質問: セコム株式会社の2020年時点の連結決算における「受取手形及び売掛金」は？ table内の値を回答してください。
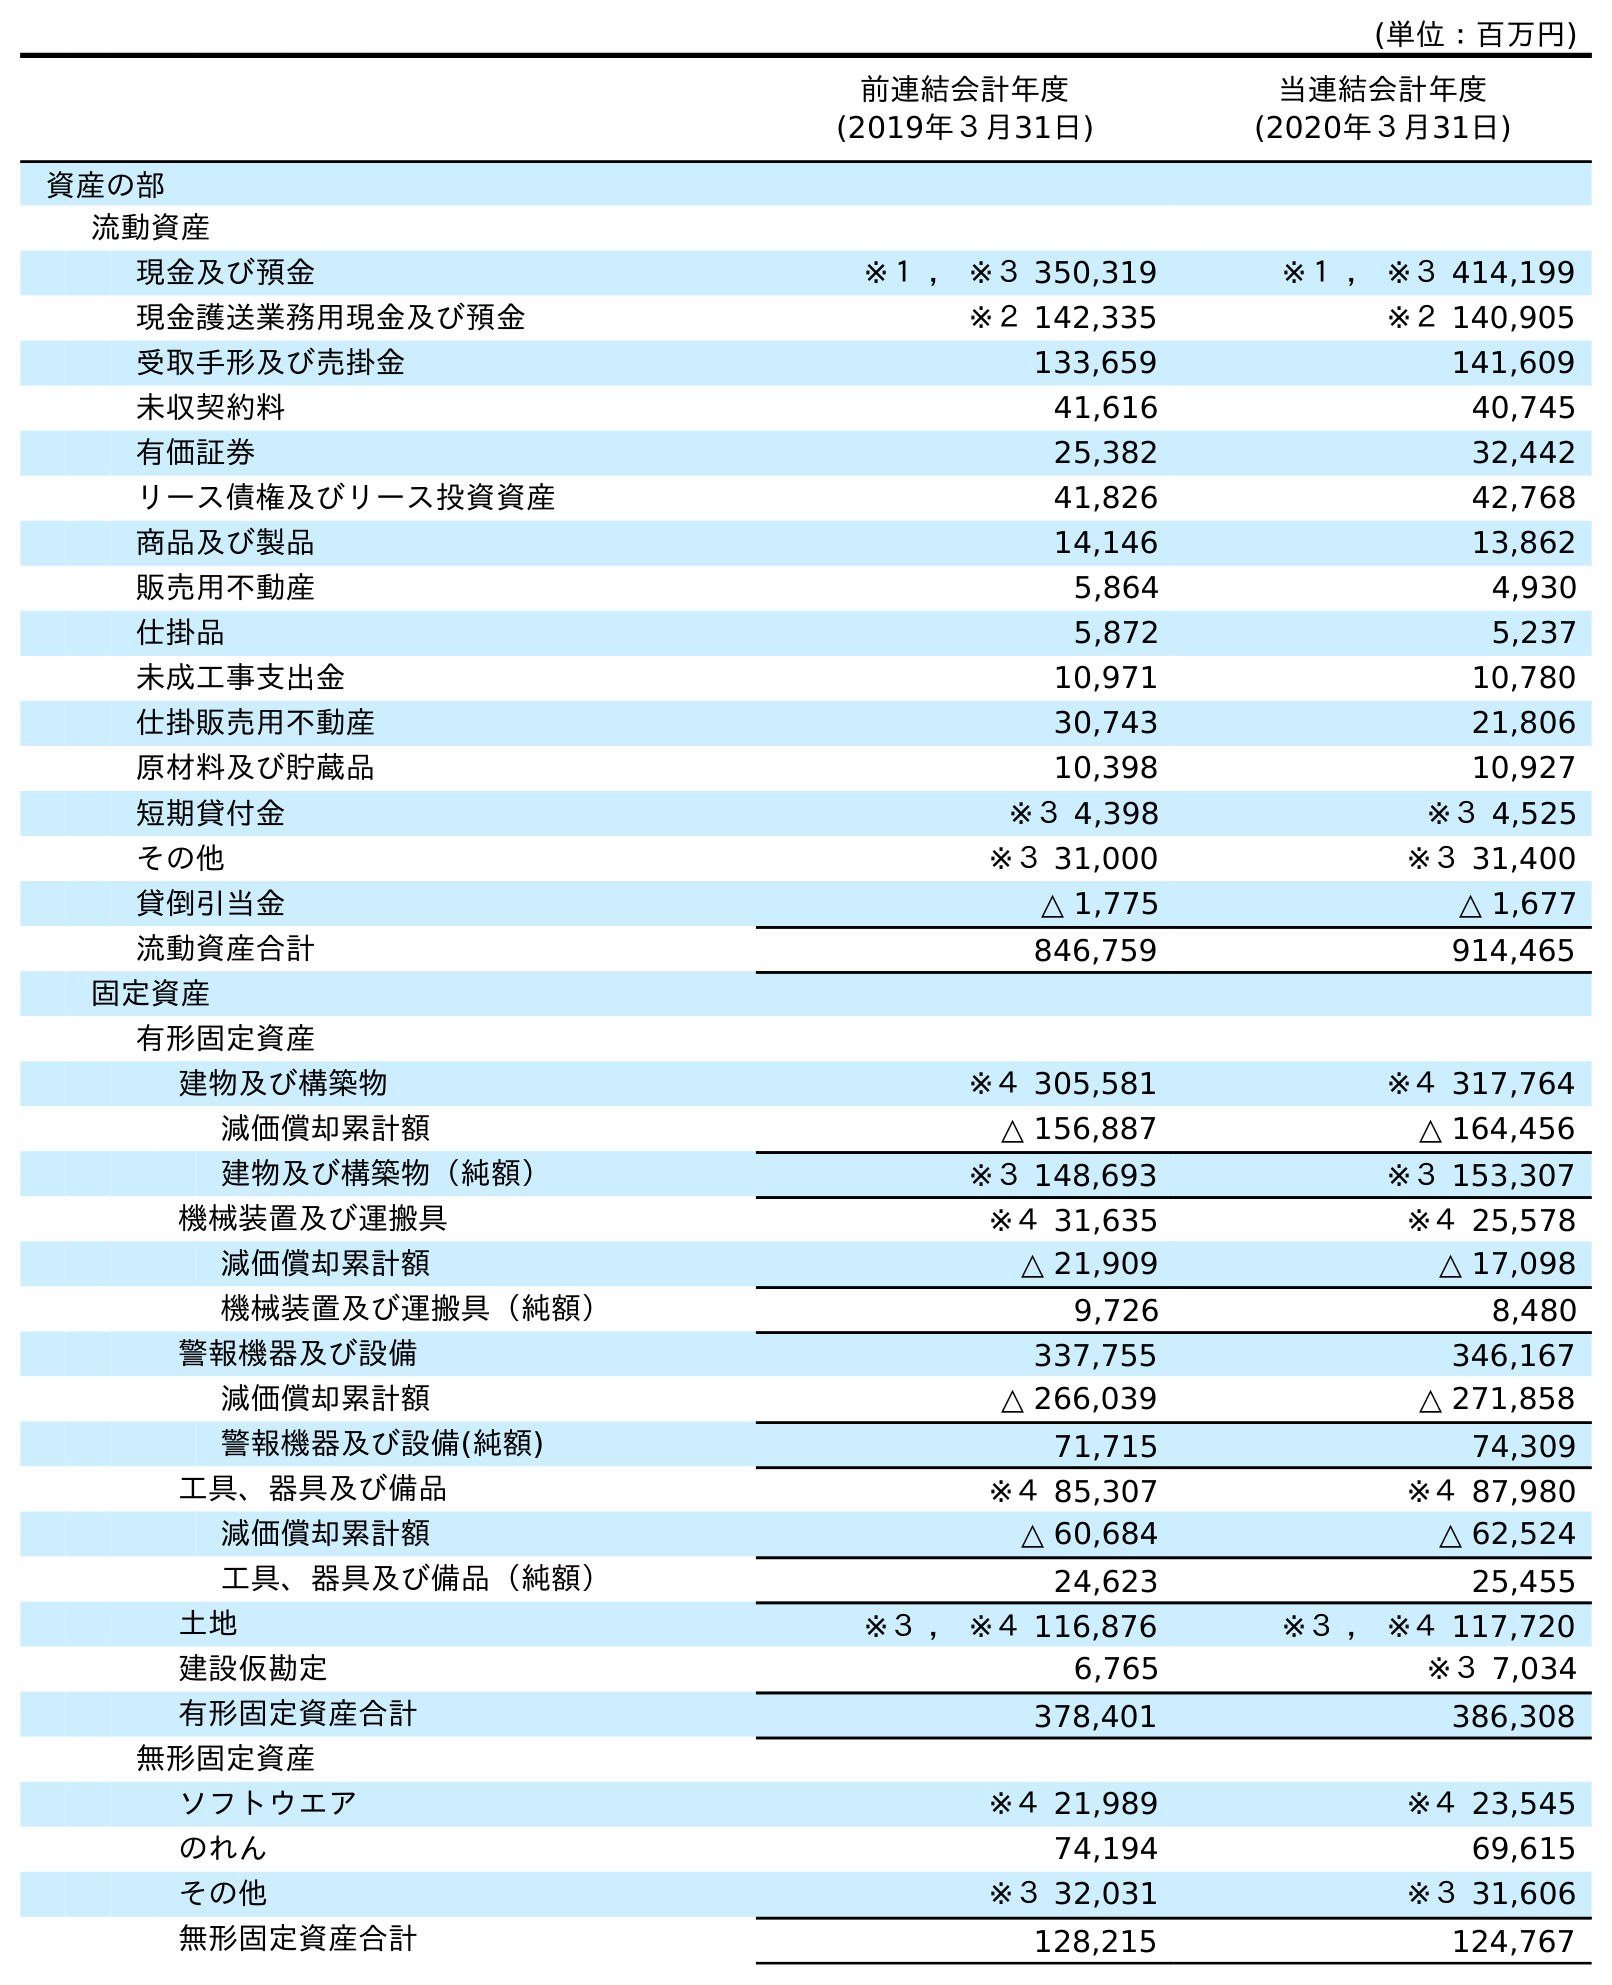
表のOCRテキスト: (単位：百万円) 前連結会計年度 (2019年３月31日) 当連結会計年度 (2020年３月31日) 資産の部 流動資産 現金及び預金 ※１ ， ※３ 350,319 ※１ ， ※３ 414,199 現金護送業務用現金及び預金 ※２ 142,335 ※２ 140,905 受取手形及び売掛金 133,659 141,609 未収契約料 41,616 40,745 有価証券 25,382 32,442 リース債権及びリース投資資産 41,826 42,768 商品及び製品 14,146 13,862 販売用不動産 5,864 4,930 仕掛品 5,872 5,237 未成工事支出金 10,971 10,780 仕掛販売用不動産 30,743 21,806 原材料及び貯蔵品 10,398 10,927 短期貸付金 ※３ 4,398 ※３ 4,525 その他 ※３ 31,000 ※３ 31,400 貸倒引当金 △ 1,775 △ 1,677 流動資産合計 846,759 914,465 固定資産 有形固定資産 建物及び構築物 ※４ 305,581 ※４ 317,764 減価償却累計額 △ 156,887 △ 164,456 建物及び構築物（純額） ※３ 148,693 ※３ 153,307 機械装置及び運搬具 ※４ 31,635 ※４ 25,578 減価償却累計額 △ 21,909 △ 17,098 機械装置及び運搬具（純額） 9,726 8,480 警報機器及び設備 337,755 346,167 減価償却累計額 △ 266,039 △ 271,858 警報機器及び設備(純額) 71,715 74,309 工具、器具及び備品 ※４ 85,307 ※４ 87,980 減価償却累計額 △ 60,684 △ 62,524 工具、器具及び備品（純額） 24,623 25,455 土地 ※３ ， ※４ 116,876 ※３ ， ※４ 117,720 建設仮勘定 6,765 ※３ 7,034 有形固定資産合計 378,401 386,308 無形固定資産 ソフトウエア ※４ 21,989 ※４ 23,545 のれん 74,194 69,615 その他 ※３ 32,031 ※３ 31,606 無形固定資産合計 128,215 124,767
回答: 141,609